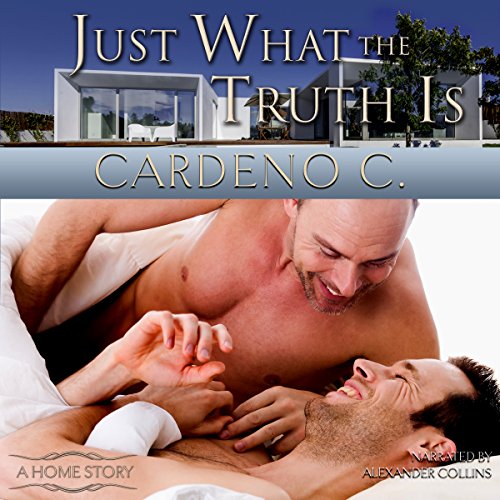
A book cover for Just What the Truth Is; Cardeno C.; Romance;